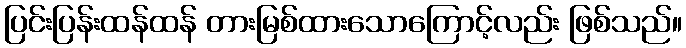
ပြင်းပြန်းထန်ထန် တားမြစ်ထားသောကြောင့်လည်း ဖြစ်သည်။